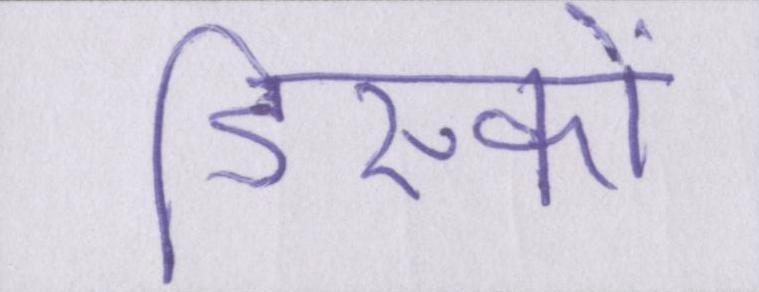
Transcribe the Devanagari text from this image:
डिस्कों